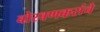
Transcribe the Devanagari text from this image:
बोरवणकरांचे